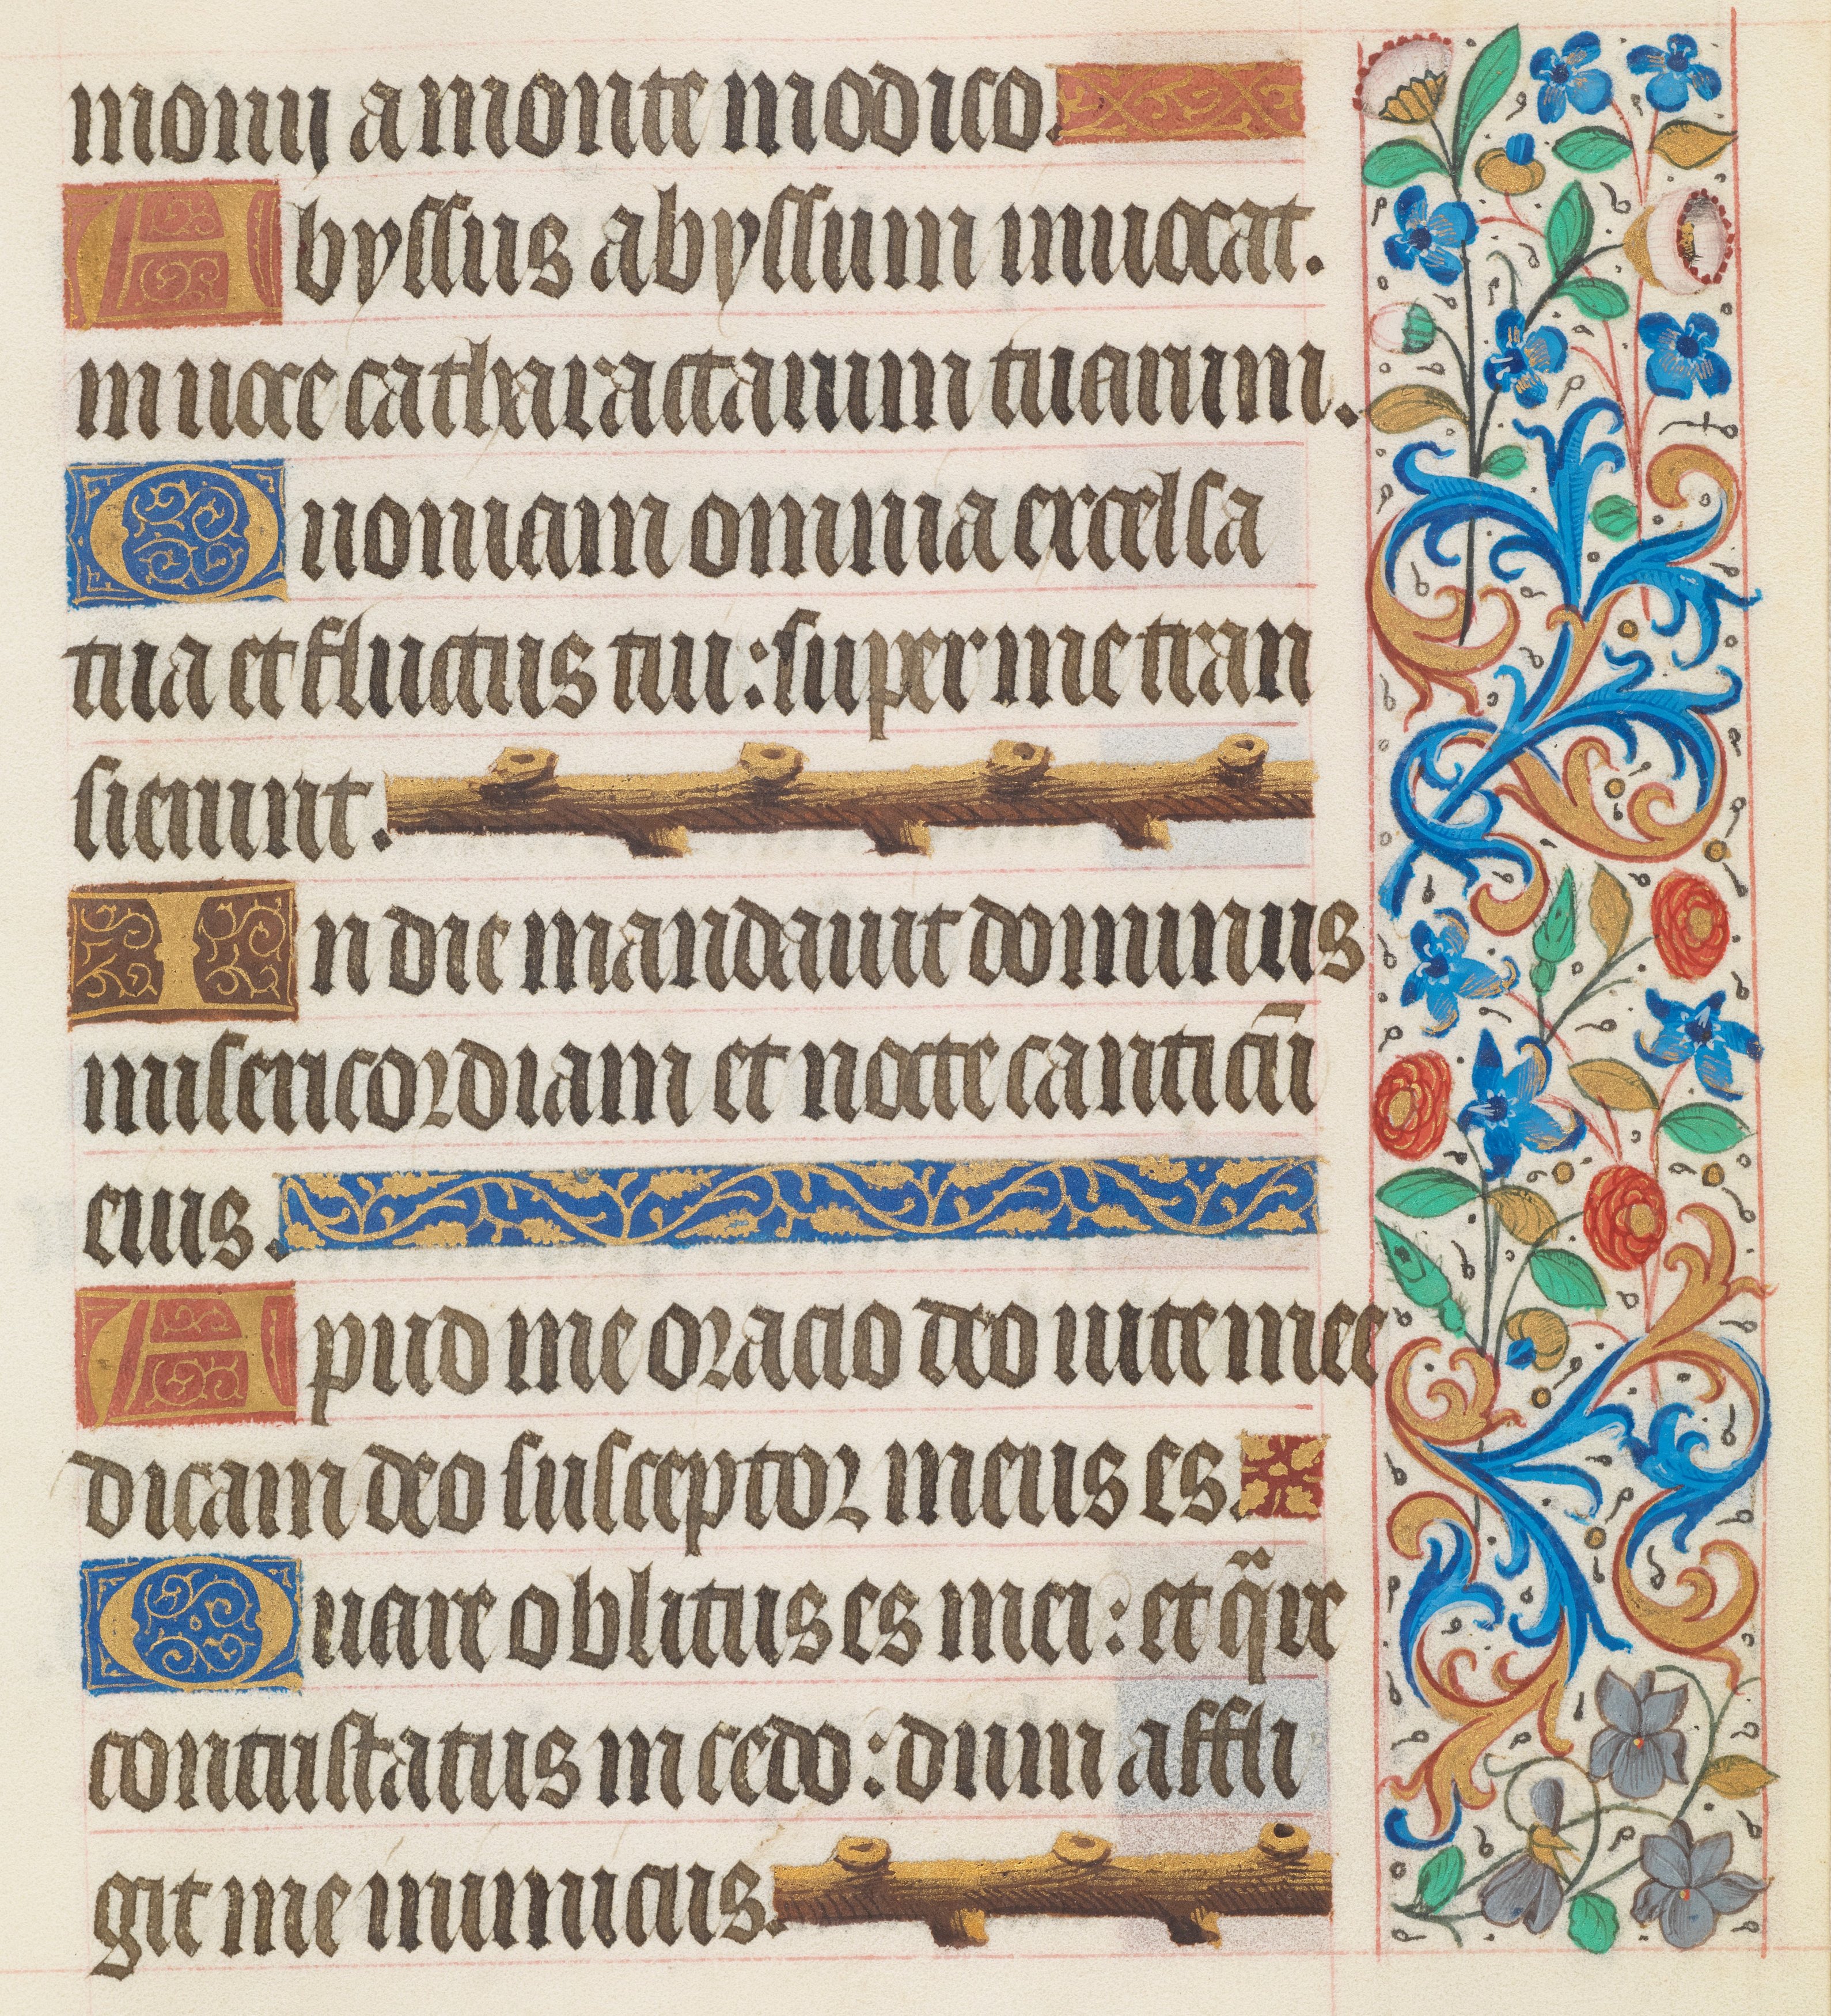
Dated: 1425–1449